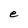
Character: e